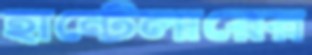
হান্টেলারের